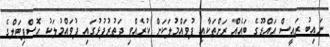
ނައިބު ރައީސް އައްޑޫގެ ބައެއް ރަށްތަކާއި ފުވައްމުލަކަށް ކުރެއްވި ދަތުރުފުޅުގައި ފުވައްމުލަކު ހޮސްޕިޓަލްގެ